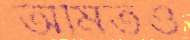
অমিতও